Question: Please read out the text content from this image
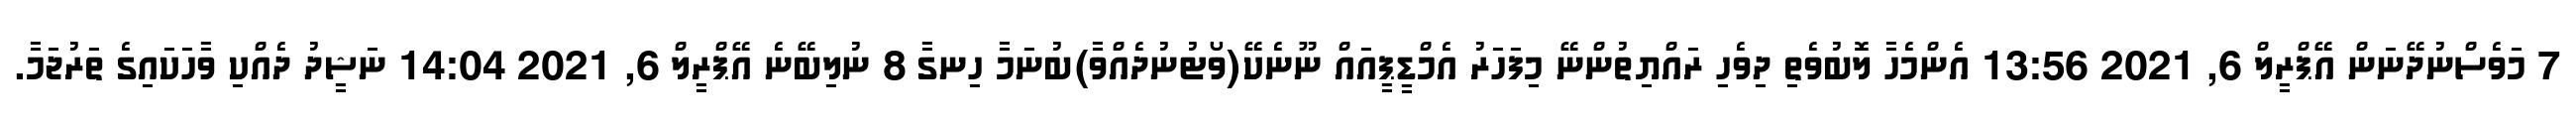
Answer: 7 މަވެސްނުދޭނަން އޭޕްރީލް 6, 2021 13:56 އެންމެހާ ލޮބުވެތި ދިވެހި ރައްޔިތުންނޭ މިފަހަރު އެމްޑީޕީއައް ނޫނެކޭ(ވޯޓުނުދެއްވާ)ބުނަމާ ހިނގާ 8 ނުލިބޭނެ އޭޕްރީލް 6, 2021 14:04 ނަޝީދު ދެއްކި ވާހަކައިގެ ތަރުޖަމާ.